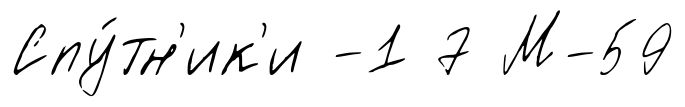
Спу́тн'ик'и -1 7 М-59